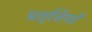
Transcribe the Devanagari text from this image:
प्रतृत्तियाँ